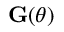
\mathbf G ( \theta )